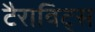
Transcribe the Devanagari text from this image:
टैराविट्स